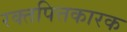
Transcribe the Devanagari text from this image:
रक्तपित्तकारक